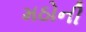
મઠોની